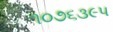
૧૦૭૬૩૯૫